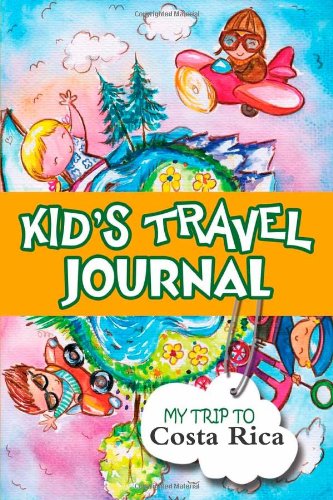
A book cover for Kids travel journal: my trip to costa rica; Bluebird Books; Travel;